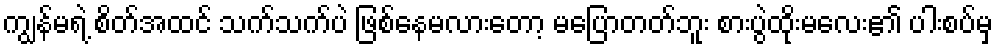
ကျွန်မရဲ့ စိတ်အထင် သက်သက်ပဲ ဖြစ်နေမလားတော့ မပြောတတ်ဘူး စားပွဲထိုးမလေး၏ ပါးစပ်မှ